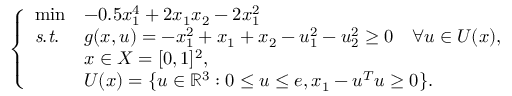
\left\{ \begin{array} { l l l } { \operatorname* { m i n } } & { - 0 . 5 x _ { 1 } ^ { 4 } + 2 x _ { 1 } x _ { 2 } - 2 x _ { 1 } ^ { 2 } } \\ { \mathit { s . t . } } & { g ( x , u ) = - x _ { 1 } ^ { 2 } + x _ { 1 } + x _ { 2 } - u _ { 1 } ^ { 2 } - u _ { 2 } ^ { 2 } \geq 0 \quad \forall u \in U ( x ) , } \\ & { x \in X = [ 0 , 1 ] ^ { 2 } , } \\ & { U ( x ) = \{ u \in \mathbb { R } ^ { 3 } : 0 \leq u \leq e , x _ { 1 } - u ^ { T } u \geq 0 \} . } \end{array} \right.